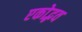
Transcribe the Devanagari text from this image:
एकोद्भव